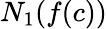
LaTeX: N_{1}(f(c))